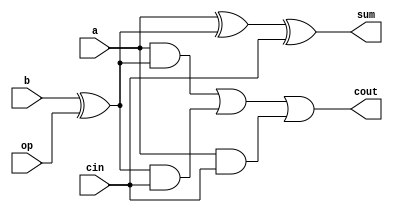
`timescale 1ns / 1ps
//////////////////////////////////////////////////////////////////////////////////
// Company: 
// Engineer: 
// 
// Design Name: 
// Module Name:    one_bit_adder 
// Project Name: 
// Target Devices: 
// Tool versions: 
// Description: 
//
// Dependencies: 
//
// Revision: 
// Revision 0.01 - File Created
// Additional Comments: 
//
//////////////////////////////////////////////////////////////////////////////////
module one_bit_adder(a, b, cin, op, sum, cout);
input a, b, cin, op;
output sum, cout;
wire sum, cout;
assign sum = a^(b^op)^cin;
assign cout = ((a&(b^op))|((b^op)&cin)|(a&cin));

endmodule